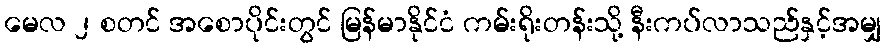
မေလ ၂ စတင် အစောပိုင်းတွင် မြန်မာနိုင်ငံ ကမ်းရိုးတန်းသို့ နီးကပ်လာသည်နှင့်အမျှ